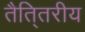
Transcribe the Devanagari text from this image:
तैति्तरीय